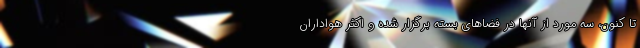
تا کنون، سه مورد از آنها در فضاهای بسته برگزار شده و اکثر هواداران